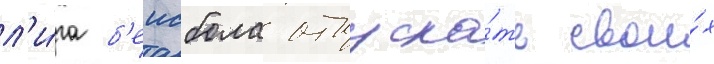
л'и́га б'еисбола отпуска́ть свои́х